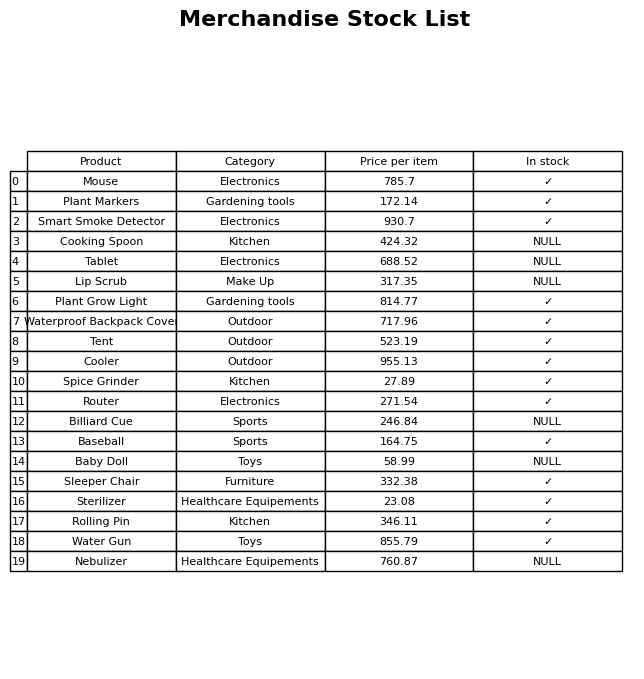
question: What is the price for Sterilizer?
answer: The price of Sterilizer is 23.08.